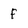
Character: F